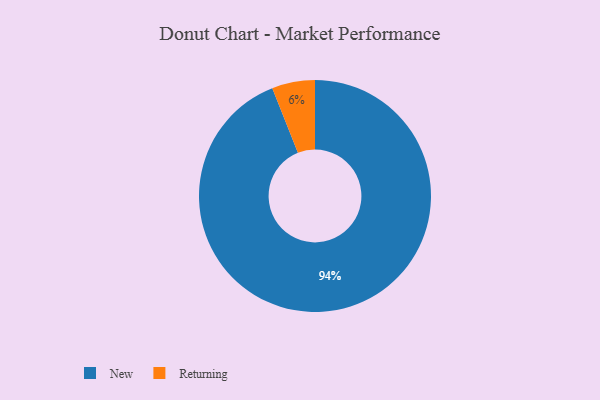
{"axis": {"x": "Category", "y": "Percentage"}, "legend": ["New", "Returning"], "data": [{"x": "Returning", "y": 6, "type": "Returning"}, {"x": "New", "y": 94, "type": "New"}]}